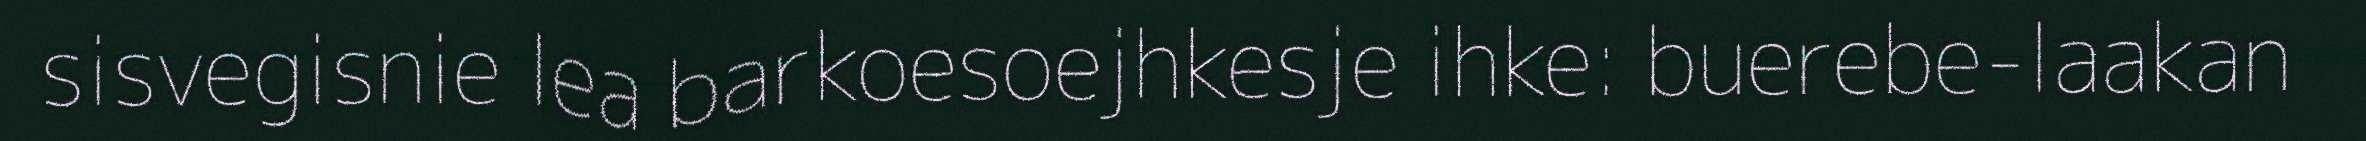
sisvegisnie lea barkoesoejhkesje ihke: buerebe-laakan